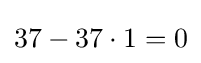
37-37\cdot 1=0